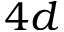
4 d